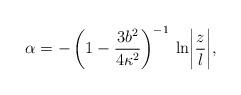
LaTeX: \begin{align*}\alpha = - \left(1-\frac{3b^2}{4\kappa^2}\right)^{-1}\: \ln \biggl|\frac{z}{l}\biggr|, \end{align*}